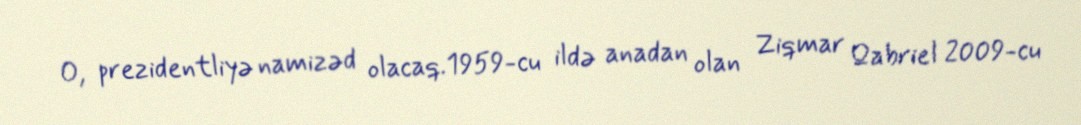
O, prezidentliyə namizəd olacaq.1959-cu ildə anadan olan Ziqmar Qabriel 2009-cu